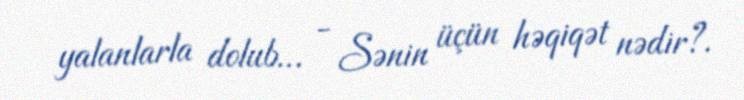
yalanlarla dolub… - Sənin üçün həqiqət nədir?.